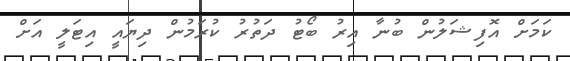
ކަމަށް އޮފިޝަލުން ބުނާ އިރު ބޯޓު ދަތުރު ކުރަމުން ދިޔައީ އިޓަލީ އަށް